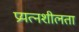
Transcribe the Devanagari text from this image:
प्रयत्नशीलता